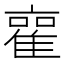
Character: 𮥿